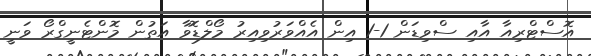
އޮސްޓްރިއާ އާއި ސްވިޑަން 1-1 އިން އެއްވަރުވިއިރު މޯލްޑޮވާ އަތުން މޮންޓެނީގްރޯ ވަނީ